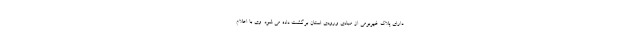
دارای پلاک غیربومی از مبادی ورودی استان برگشت داده می شود. وی با اعلام